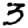
Digit: 3